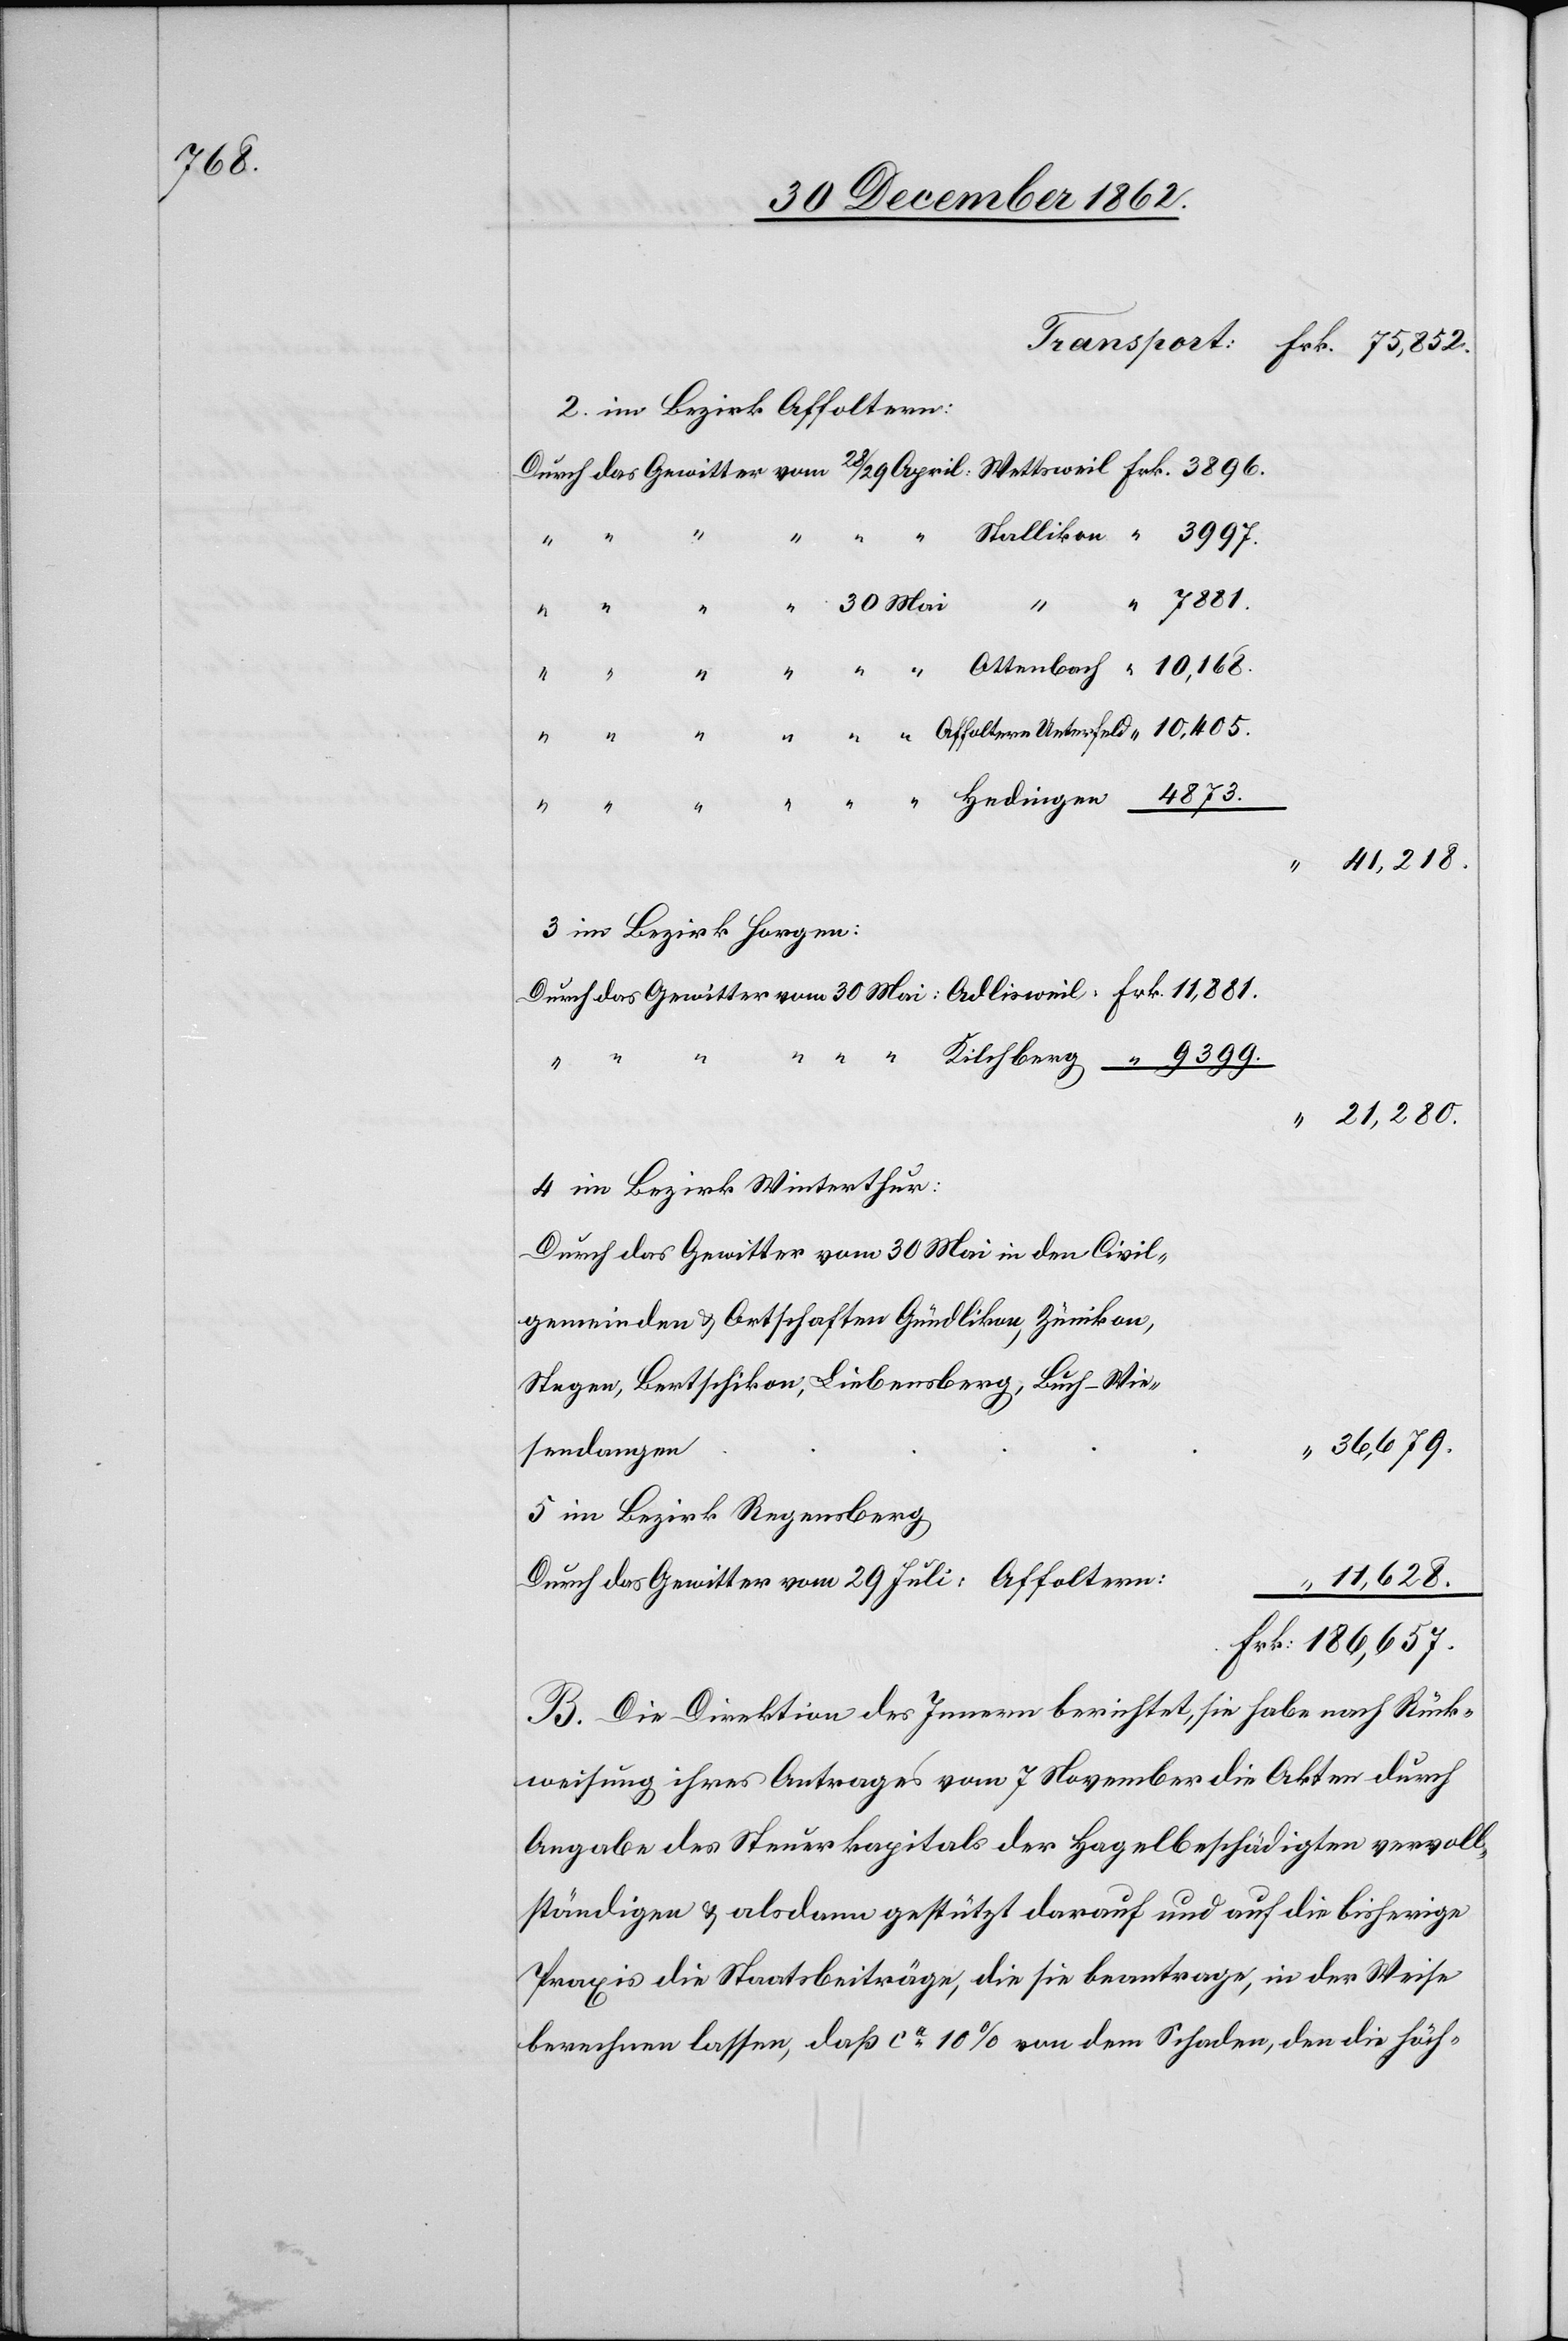
186,657.

2. im Bezirk Affoltern:
2. im Bezirk Horgen
21,280.
4. im Bezirk Winterthur:
Durch das Gewitter vom 30. Mai in den
gemeinden u. Ortschaften Gündlikon, Zünikon,
Stegen, Bertschikon, Liebensberg, Buch-
Wiesendangen
5. im Bezirk Regensberg
Durch das Gewitter vom 29. Juli: Affoltern
11,628.
B. Die Direktion des Innern berichtet, sie habe nach Rück¬
weisung ihres Antrages vom 7. November die Akten durch
Angabe des Steuerkapitals der Hagelbeschädigten vervoll¬
ständigen u. allsdann gestützt darauf und auf die bisherige
Praxis die Staatsbeiträge, die sie beantrage, in der Weise
berechnen lassen, daß ca 10% von dem Schaden, den die höch-